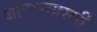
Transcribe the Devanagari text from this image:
जाण्यासारखी